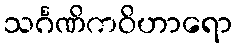
သင်္ဂဏိကဝိဟာရော